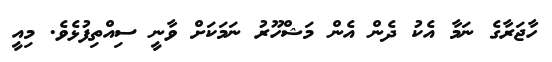
ހާޖަރާގެ ނަމާ އެކު ދެން އެން މަޝްހޫރު ނަމަކަށް ވާނީ ސިއްތިފުޅެވެ. މިއީ